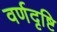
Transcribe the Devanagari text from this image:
वर्णदृष्टि